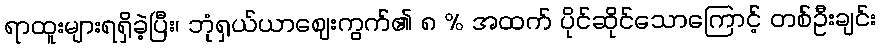
ရာထူးများရရှိခဲ့ပြီး၊ ဘုံရှယ်ယာဈေးကွက်၏ ၈ % အထက် ပိုင်ဆိုင်သောကြောင့် တစ်ဦးချင်း